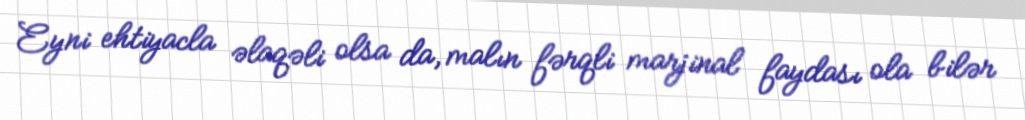
Eyni ehtiyacla əlaqəli olsa da, malın fərqli marjinal faydası ola bilər